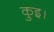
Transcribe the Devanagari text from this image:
कुइ।